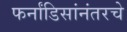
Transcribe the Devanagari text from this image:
फर्नांडिसांनंतरचे